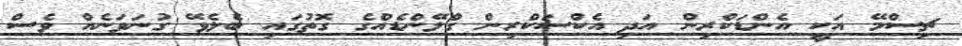
ޗިސްމޭ އަކީ އެންޑަކްރިން އަދި އެކްސަކްރިން ގްލޭންޑެއްގެ ގޮތުގައި ބެލެވޭ ގުނަވަނެއް ވެސް